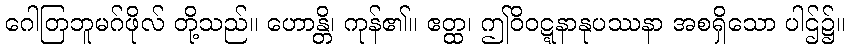
ဂေါတြဘူမဂ်ဖိုလ် တို့သည်။ ဟောန္တိ၊ ကုန်၏။ ဧတ္ထ၊ ဤဝိဝဋ္ဋနာနုပဿနာ အစရှိသော ပါဌ်၌။